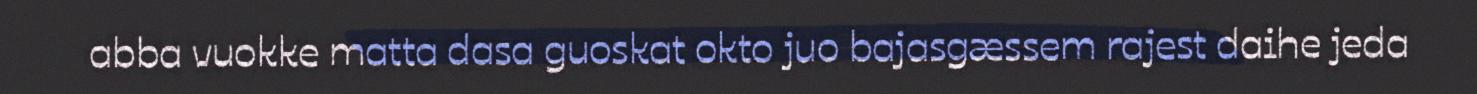
abba vuokke matta dasa guoskat okto juo bajasgæssem rajest daihe jeda